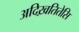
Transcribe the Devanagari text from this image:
अदिख़तितेसि